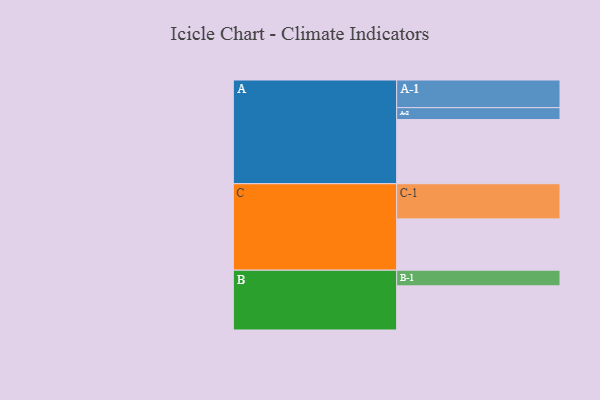
{"axis": {"x": "Segment", "y": "Value"}, "legend": ["", "A", "B", "C"], "data": [{"x": "A", "y": 513, "type": ""}, {"x": "B", "y": 353, "type": ""}, {"x": "C", "y": 410, "type": ""}, {"x": "A-1", "y": 221, "type": "A"}, {"x": "A-2", "y": 95, "type": "A"}, {"x": "B-1", "y": 125, "type": "B"}, {"x": "C-1", "y": 281, "type": "C"}]}